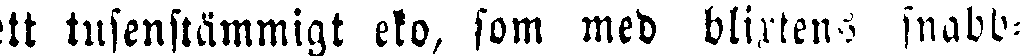
ett tusenstämmigt eko, som med blixtens snabb-